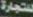
للتجارة